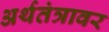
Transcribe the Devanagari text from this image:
अर्थतंत्रावर